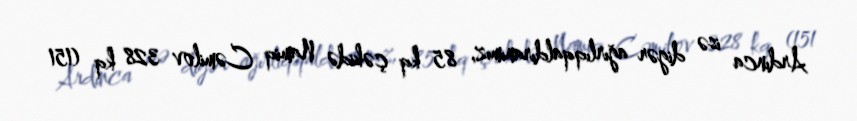
Ardınca isə digər ağırlıqqaldıranımız, 85 kq çəkidə Namiq Cəmilov 328 kq (151